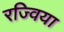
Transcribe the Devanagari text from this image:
रज्विया